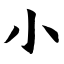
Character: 小